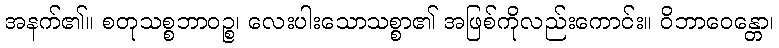
အနက်၏။ စတုသစ္စဘာဝဉ္စ၊ လေးပါးသောသစ္စာ၏ အဖြစ်ကိုလည်းကောင်း။ ဝိဘာဝေန္တော၊